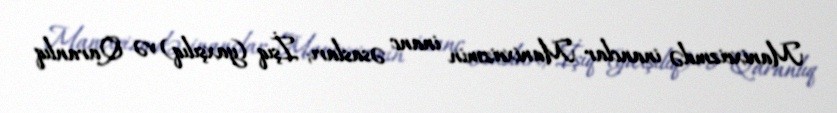
Manixeizmdə inanclar Manixeizmin inanc əsasları; İşıq (yaxşılıq) və Qaranlıq